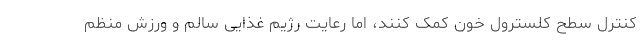
کنترل سطح کلسترول خون کمک کنند، اما رعایت رژیم غذایی سالم و ورزش منظم